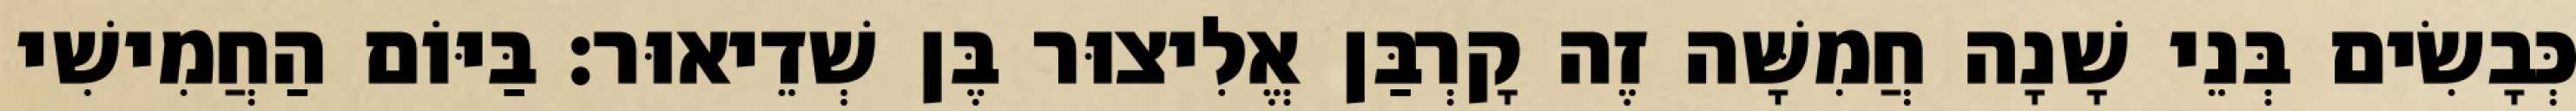
כְּבָשִׂים בְּנֵי שָׁנָה חֲמִשָּׁה זֶה קָרְבַּן אֱלִיצוּר בֶּן שְׁדֵיאוּר׃ בַּיּוֹם הַחֲמִישִׁי